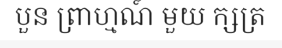
បួន ព្រាហ្មណ៍ មួយ ក្សត្រ